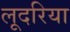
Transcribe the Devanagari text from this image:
लूदरिया